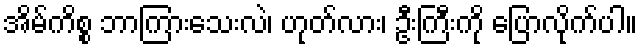
အိမ်ကိစ္စ ဘာကြားသေးလဲ၊ ဟုတ်လား၊ ဦးကြီးကို ပြောလိုက်ပါ။